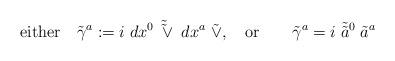
LaTeX: \begin{align*}{\rm either} \quad \tilde{\gamma}^a: = i \; dx^0 \;\tilde{\tilde{\vee}} \; dx^a \; \tilde{\vee}, \quad {\rm or} \qquad\tilde{\gamma}^a = i \; \tilde{\tilde{a}}{ }^0 \; \tilde{a}^a \end{align*}